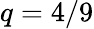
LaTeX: q=4/9